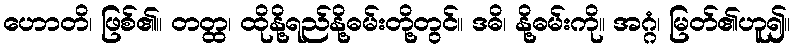
ဟောတိ၊ ဖြစ်၏။ တတ္ထ၊ ထိုနို့ရည်နို့ဓမ်းတို့တွင်။ ဒဓိ၊ နို့ဓမ်းကို။ အဂ္ဂံ၊ မြတ်၏ဟူ၍။